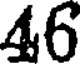
46